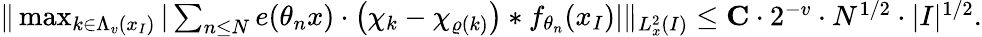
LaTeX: \begin{array}{r}{\| \operatorname*{max}_{k\in\Lambda_{v}(x_{I})}|\sum_{n\leq N}e(\theta_{n}x)\cdot\big(\chi_{k}-\chi_{\varrho(k)}\big)*f_{\theta_{n}}(x_{I})|\| _{L_{x}^{2}(I)}\leq\mathbf{C}\cdot 2^{-v}\cdot N^{1/2}\cdot|I|^{1/2}.}\end{array}